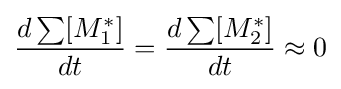
{\frac {d\sum [M_{1}^{*}]}{dt}}={\frac {d\sum [M_{2}^{*}]}{dt}}\approx 0